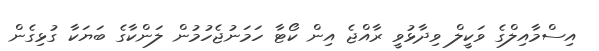
އިސްމާއިލްގެ ވަކީލް ވިދާޅުވީ ރާއްޖެ އިން ކޯޓާ ހަމަނުޖެހުމުން ލަންކާގެ ބަޔަކާ ގުޅިގެން